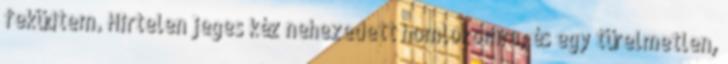
feküdtem. Hirtelen jeges kéz nehezedett homlokomra, és egy türelmetlen,